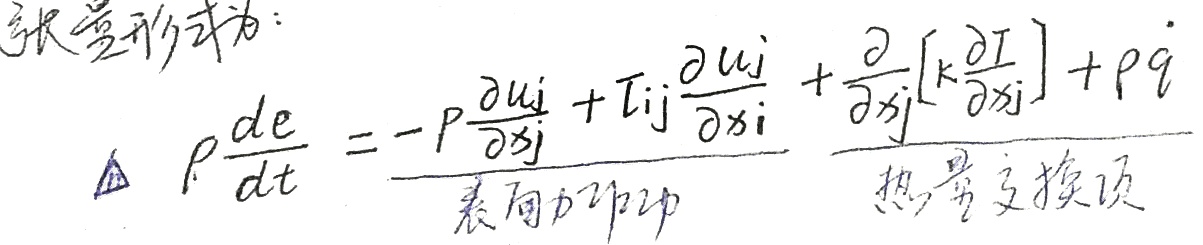
张量形式为：
\[
\Delta\rho\frac{de}{dt}=\underbrace{-p\frac{\partial u_{j}}{\partial x_{j}}+\tau_{ij}\frac{\partial u_{j}}{\partial x_{i}}}_{表面力作功}+\underbrace{\frac{\partial}{\partial x_{j}}\left[k\frac{\partial T}{\partial x_{j}}\right]+\rho\dot{q}}_{热量交换项}
\]